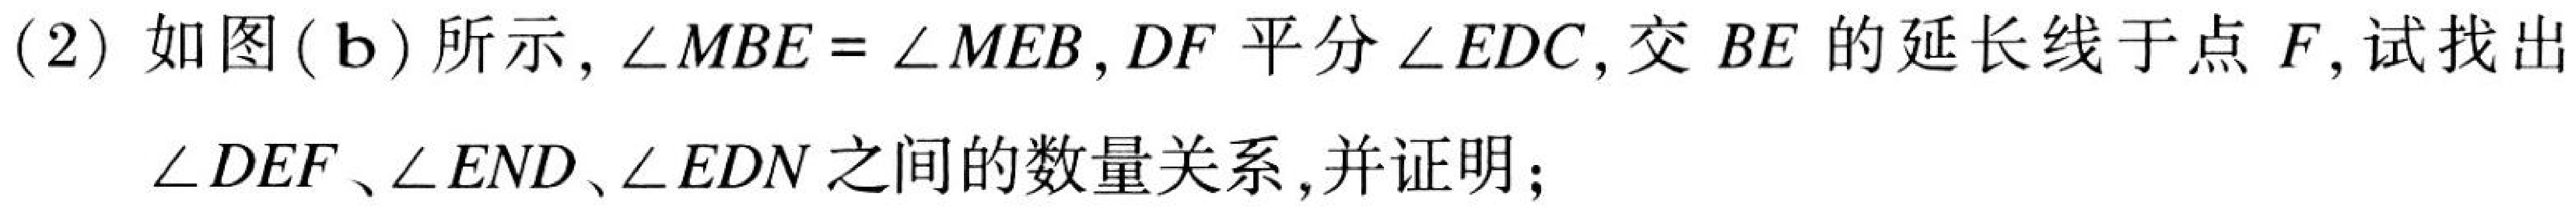
(2) 如图(\(b\))所示，\(\angle MBE=\angle MEB\)，\(DF\)平分\(\angle EDC\)，交\(BE\)的延长线于点\(F\)，试找出\(\angle DEF\)、\(\angle END\)、\(\angle EDN\)之间的数量关系，并证明；